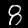
Label: 8